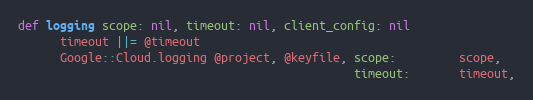
Language: Ruby
def logging scope: nil, timeout: nil, client_config: nil
      timeout ||= @timeout
      Google::Cloud.logging @project, @keyfile, scope:         scope,
                                                timeout:       timeout,